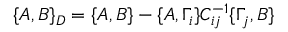
\{ A , B \} _ { D } = \{ A , B \} - \{ A , \Gamma _ { i } \} C _ { i j } ^ { - 1 } \{ \Gamma _ { j } , B \}